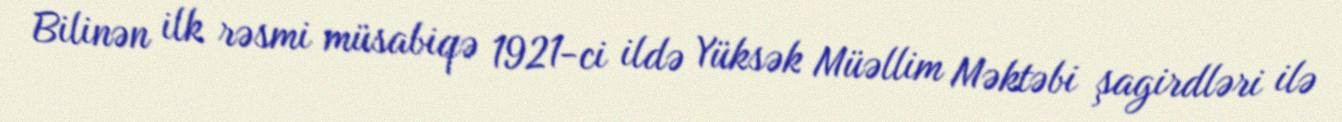
Bilinən ilk rəsmi müsabiqə 1921-ci ildə Yüksək Müəllim Məktəbi şagirdləri ilə